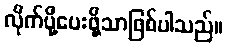
လိုက်ပို့ပေးဖို့သာဖြစ်ပါသည်။